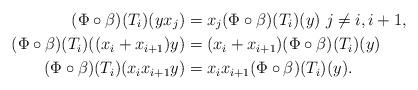
LaTeX: \begin{align*}(\Phi \circ \beta) (T_i)(y x_j) &= x_j (\Phi \circ \beta) (T_i) (y) \ j \ne i,i+1, \\(\Phi \circ \beta) (T_i)((x_i+x_{i+1})y) &= (x_i+x_{i+1}) (\Phi \circ \beta) (T_i)(y) \\(\Phi \circ \beta) (T_i)(x_ix_{i+1}y) &= x_i x_{i+1} (\Phi \circ \beta)(T_i)(y).\end{align*}